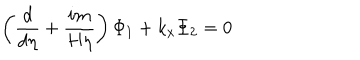
\left( \frac d { d \eta } + \frac { i m } { H \eta } \right) \Phi _ { 1 } + k _ { x } \Phi _ { 2 } = 0